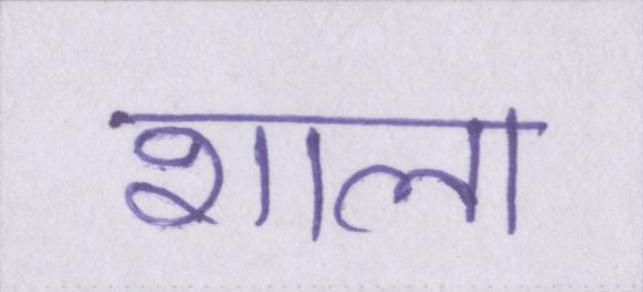
शाला